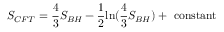
{ \cal S } _ { C F T } = \frac { 4 } { 3 } S _ { B H } - \frac { 1 } { 2 } \mathrm { l n } ( \frac { 4 } { 3 } S _ { B H } ) + ~ \mathrm { c o n s t a n t }